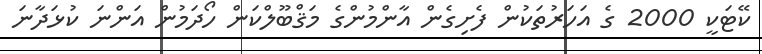
ކޭޓަކީ 2000 ގެ އަހަރުތަކުން ފެށިގެން އާންމުންގެ މަޤްބޫލްކަން ހޯދަމުން އަންނަ ކުޅަދާނަ